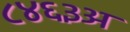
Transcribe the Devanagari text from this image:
८४६३अ